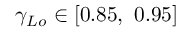
{ { \gamma } _ { L o } } \in \left[ 0 . 8 5 , \ 0 . 9 5 \right]